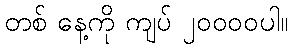
တစ် နေ့ကို ကျပ် ၂၀၀၀၀ပါ။